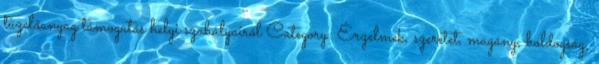
tüzelőanyag támogatás helyi szabályairól Category: Érzelmek, szeretet, magány, boldogság,